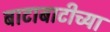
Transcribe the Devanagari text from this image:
बाटाबाटीच्या